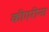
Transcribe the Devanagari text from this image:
कीएरीना